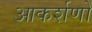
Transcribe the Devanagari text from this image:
आकर्शणों